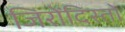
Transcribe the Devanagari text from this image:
जिरोंदिस्तो